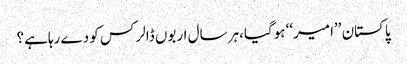
پاکستان ’’امیر‘‘ ہوگیا،ہر سال اربوں ڈالر کس کو دے رہاہے؟